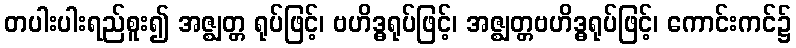
တပါးပါးရည်စူး၍ အဇ္ဈတ္တ ရုပ်ဖြင့်၊ ဗဟိဒ္ဓရုပ်ဖြင့်၊ အဇ္ဈတ္တဗဟိဒ္ဓရုပ်ဖြင့်၊ ကောင်းကင်၌